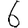
Digit: 6